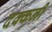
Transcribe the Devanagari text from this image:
दक्‍कनी